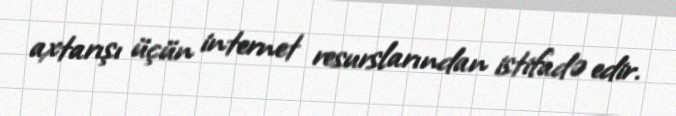
axtarışı üçün internet resurslarından istifadə edir.